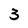
Character: 3